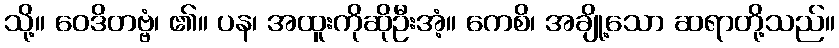
သို့။ ဝေဒိတဗ္ဗံ၊ ၏။ ပန၊ အထူးကိုဆိုဦးအံ့။ ကေစိ၊ အချို့သော ဆရာတို့သည်။